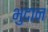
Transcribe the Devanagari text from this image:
भुदान